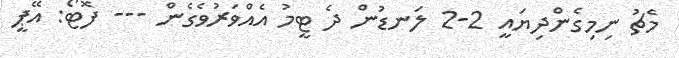
މެޗު ނިމިގެންދިޔައީ 2-2 ލަނޑުން ދެ ޓީމު އެއްވަރުވެގެން --- ފޮޓޯ: އޭޕީ